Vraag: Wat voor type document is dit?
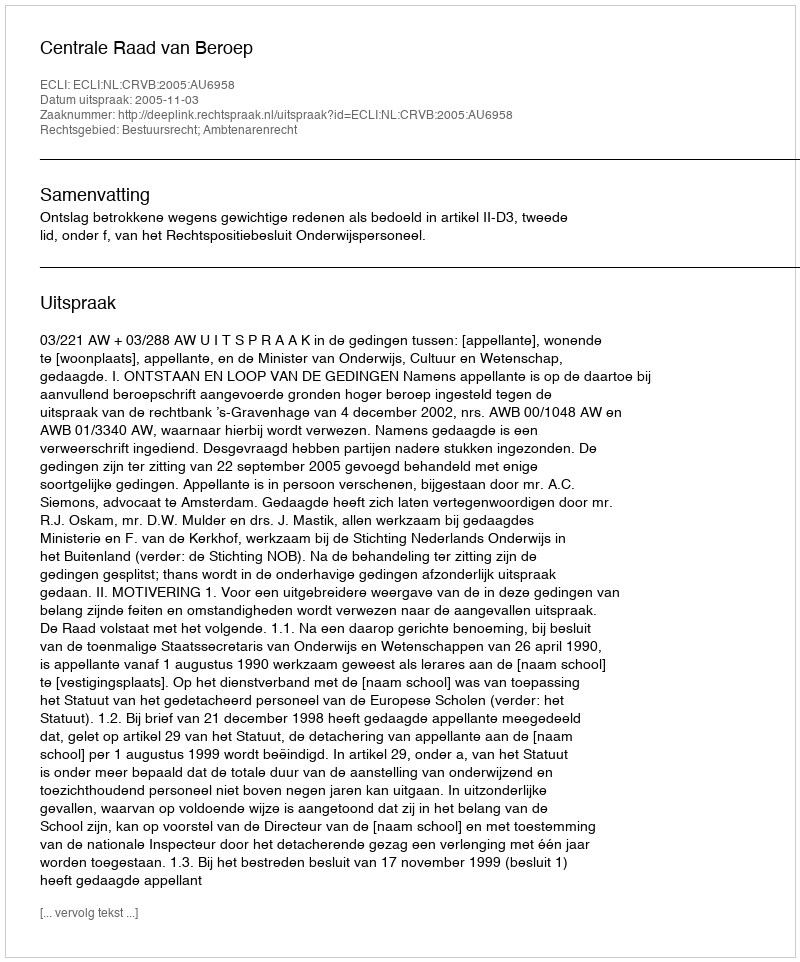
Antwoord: Uitspraak